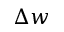
\Delta w